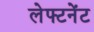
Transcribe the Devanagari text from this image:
लेफ्टनेंट